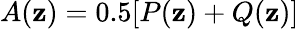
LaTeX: A(\mathbf{z})=0.5[P(\mathbf{z})+Q(\mathbf{z})]